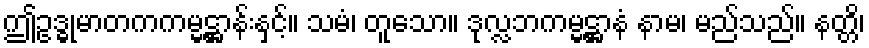
ဤဥဒ္ဓုမာတကကမ္မဋ္ဌာန်းနှင့်။ သမံ၊ တူသော။ ဒုလ္လဘကမ္မဋ္ဌာနံ နာမ၊ မည်သည်။ နတ္တိ၊